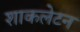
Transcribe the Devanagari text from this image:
शाकलेटन